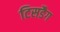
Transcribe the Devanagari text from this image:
टिसडैग